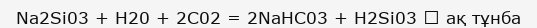
Na2Si03 + H20 + 2C02 = 2NaHC03 + H2Si03 ↓ ақ тұнба